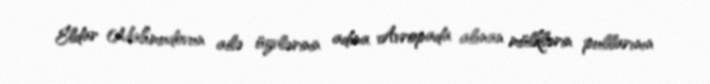
Eldar Mahmudovun ailə üzvlərinin adına Avropada alınan mülklərin pullarının